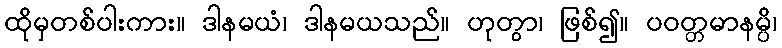
ထိုမှတစ်ပါးကား။ ဒါနမယံ၊ ဒါနမယသည်။ ဟုတွာ၊ ဖြစ်၍။ ပဝတ္တမာနမ္ပိ၊